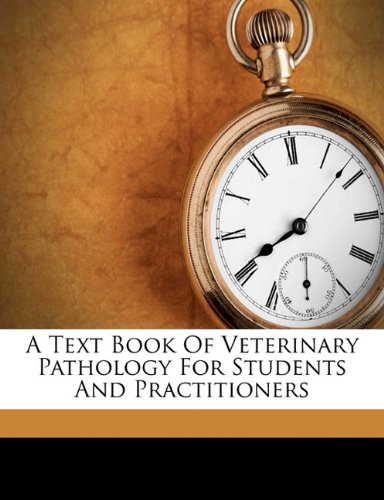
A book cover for A text book of veterinary pathology for students and practitioners; Medical Books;